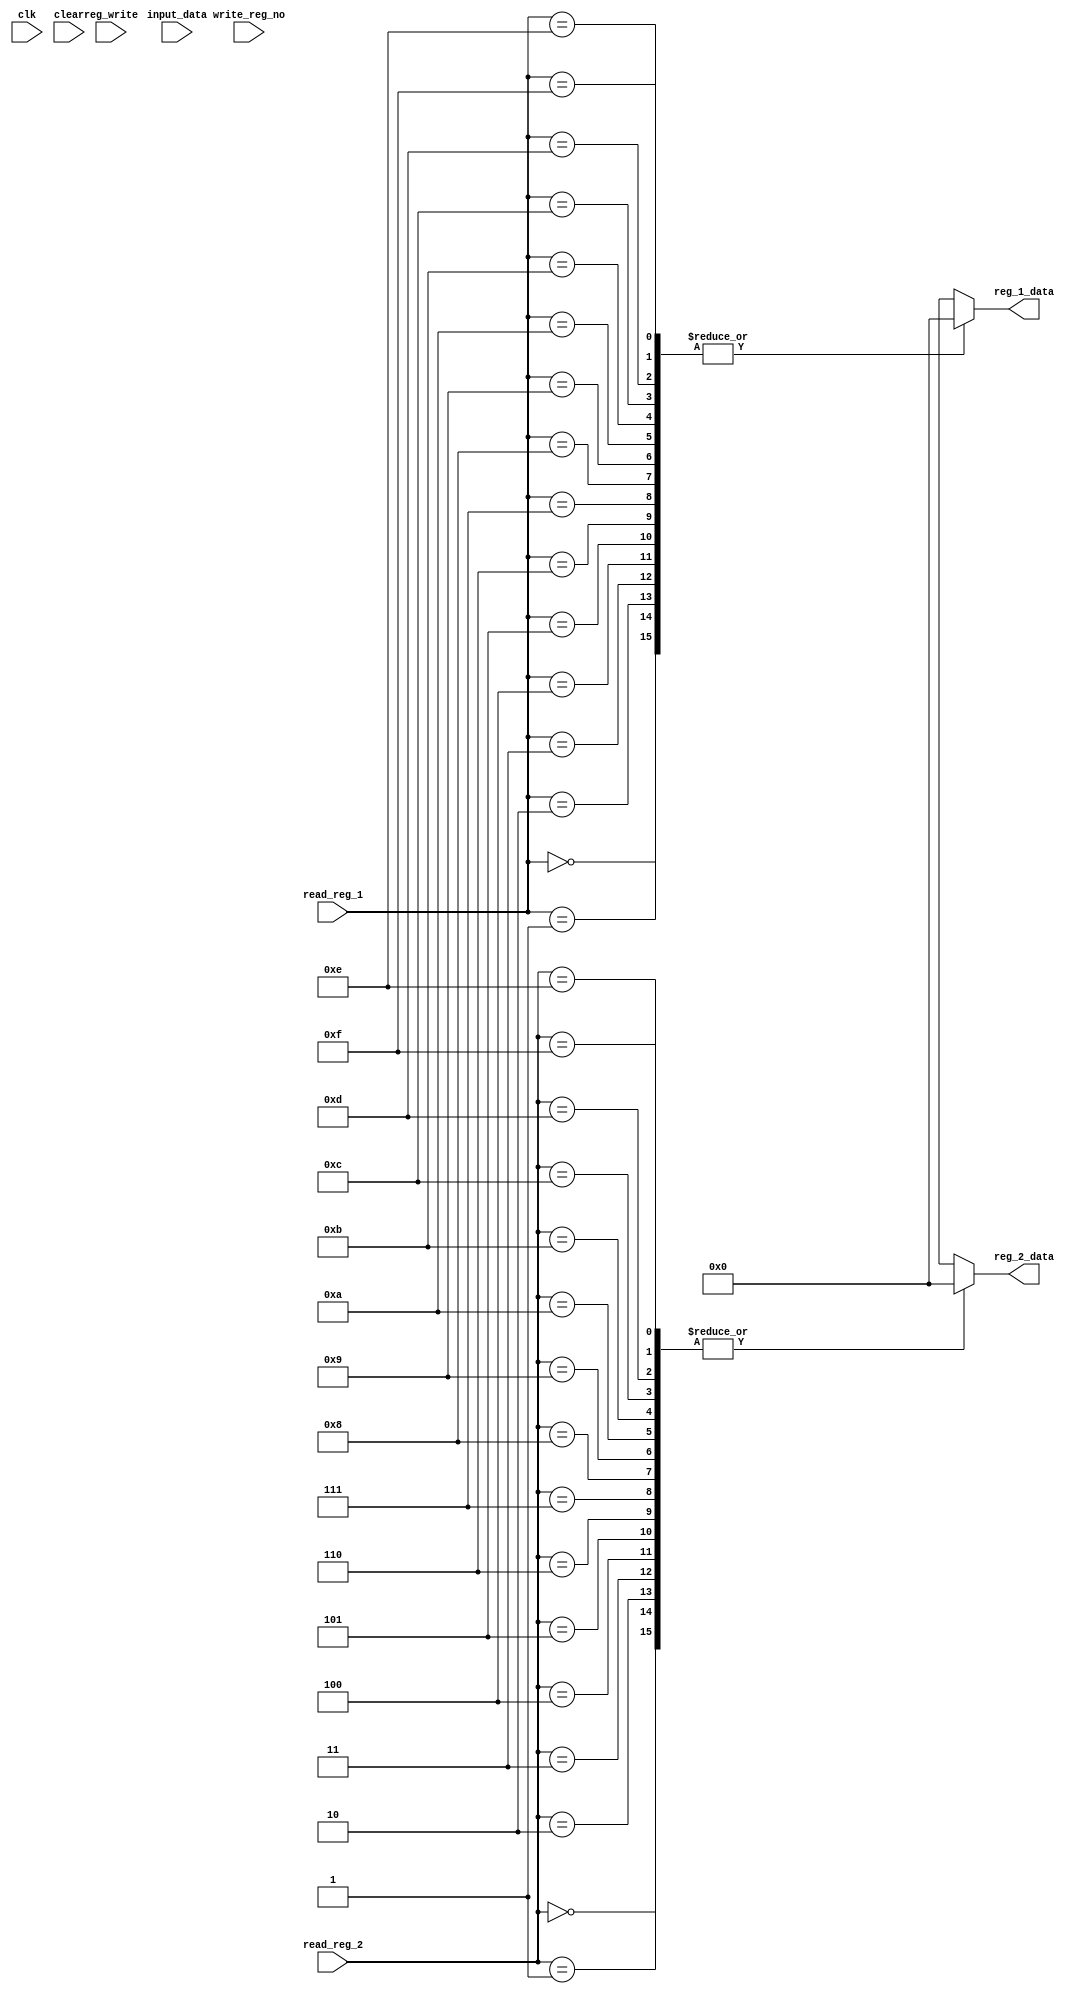
/* 
	Mert KELKT - 150115013
	Furkan NAKIP - 150115032
*/
module RegisterFile(
clk,
clear,
reg_write,
input_data,
write_reg_no,
read_reg_1,
read_reg_2,
reg_1_data,
reg_2_data
);

input clk;					// clock
input clear;				// clear pin for registers
input reg_write;			// enable pin for registers
input [15:0] input_data;	// if reg_write is 1, this data will be stored in the register write_reg_no
input [3:0] write_reg_no;	// destination register
input [3:0] read_reg_1;		// register number to output value stored in it (SRC1 or OP1)
input [3:0] read_reg_2;		// register number to output value stored in it (SRC2 or OP2)
output [15:0] reg_1_data;	// data stored inside read_reg_1
output [15:0] reg_2_data;	// data stored inside read_reg_2

integer i;
// 16 registers having 16 bits data size
reg [15:0] registers [0:15];

// initialize registers with 0
initial begin
	for(i=0; i<16; i=i+1)
	begin
	registers[i] = 16'h0;
	end
end
// registers are triggered on rising edge
always @ (posedge clk)
begin
	// if we are allowed to store data inside a register...
	if(reg_write) begin
		registers[write_reg_no] = input_data;
	end
end
// if registers need to be cleared
always @ (clear)
begin
	// reset all registers
	if(clear) begin
		for(i=0; i<16; i=i+1)
		begin
		registers[i] = 16'h0;
		end
	end
end

assign reg_1_data = registers[read_reg_1];
assign reg_2_data = registers[read_reg_2];

endmodule